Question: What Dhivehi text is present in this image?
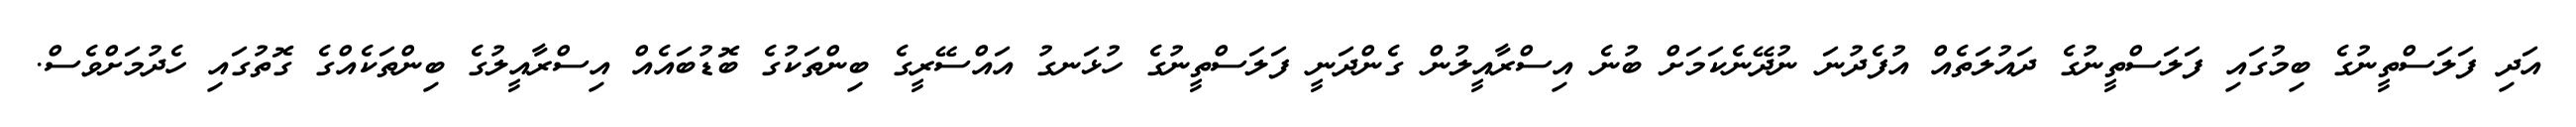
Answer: އަދި ފަލަސްތީނުގެ ބިމުގައި ފަލަސްތީނުގެ ދައުލަތެއް އުފެދުނަ ނުދޭނެކަމަށް ބުނެ އިސްރާއީލުން ގެންދަނީ ފަލަސްތީނުގެ ހުޅަނގު އައްސޭރީގެ ބިންތަކުގެ ބޮޑުބައެއް އިސްރާއީލުގެ ބިންތަކެއްގެ ގޮތުގައި ހެދުމަށްވެސް.